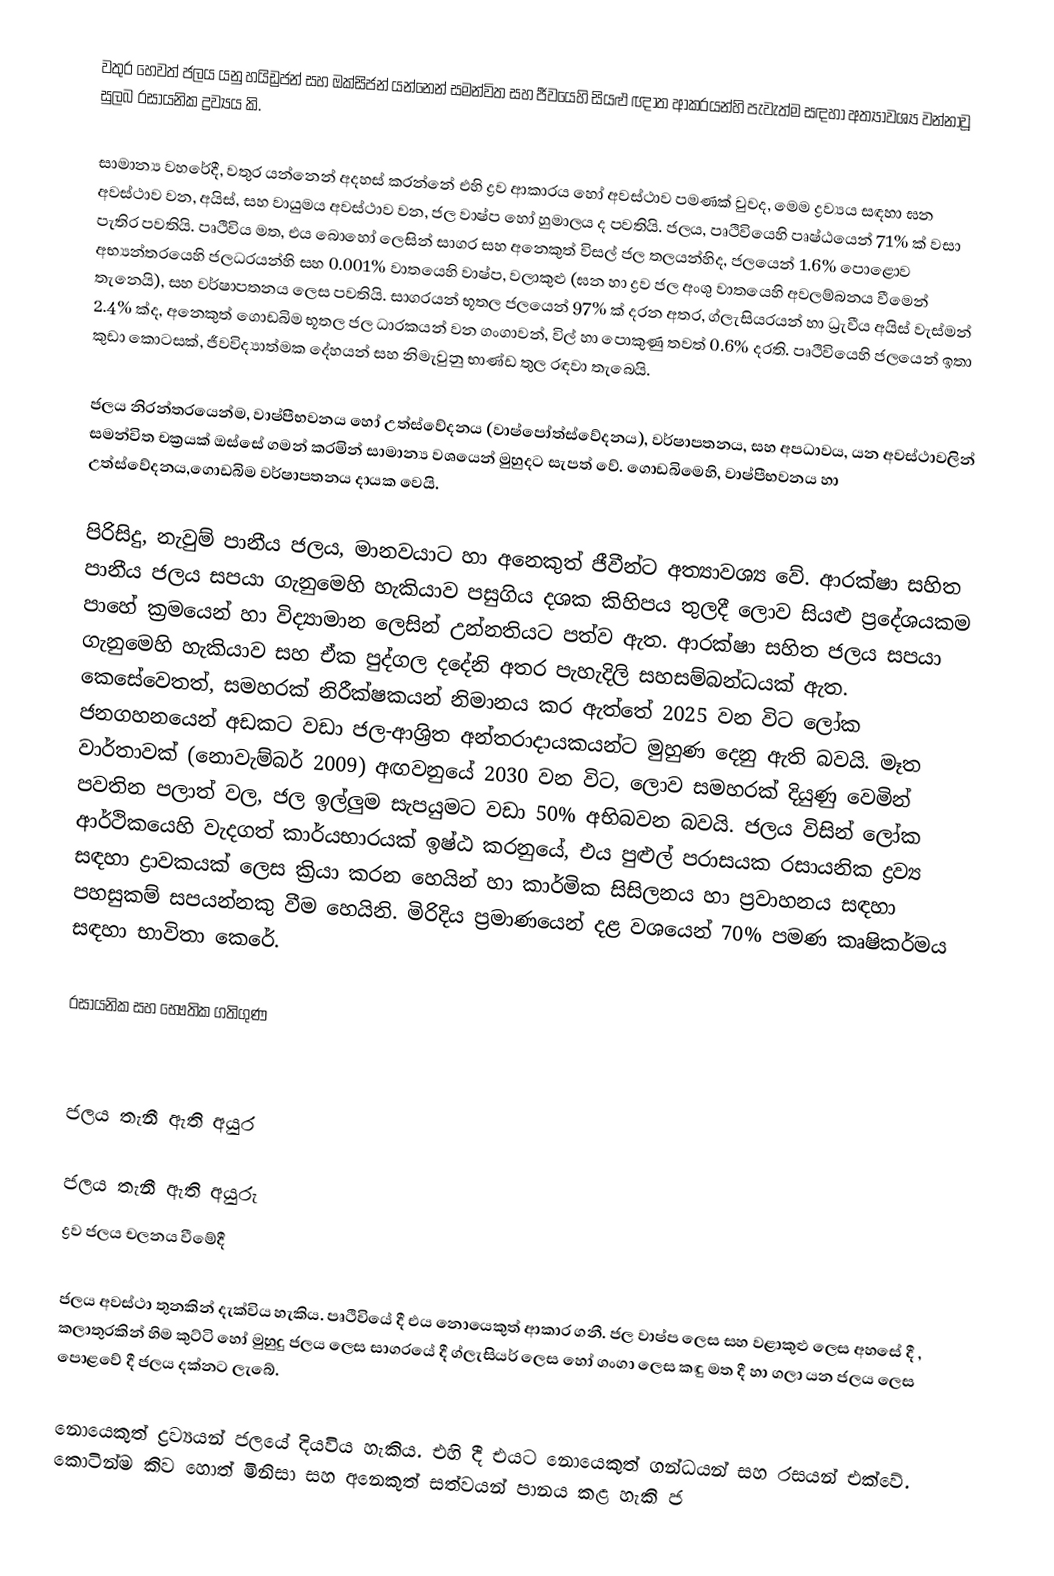
වතුර හෙවත් ජලය යනු හයිඩ්‍රජන් සහ ඔක්සිජන් යන්නෙන් සමන්විත සහ  ජීවයෙහි සියළු ඥාත ආකරයන්හි පැවැත්ම සඳහා අත්‍යාවශ්‍ය වන්නාවූ  සුලබ රසායනික ද්‍රව්‍යය කි.

සාමාන්‍ය වහරේදී, වතුර යන්නෙන් අදහස් කරන්නේ එහි   ද්‍රව ආකාරය හෝ අවස්ථාව පමණක් වුවද, මෙම ද්‍රව්‍යය  සඳහා ඝන අවස්ථාව වන, අයිස්, සහ වායුමය අවස්ථාව වන, ජල වාෂ්ප හෝ හුමාලය ද පවතියි.  ජලය, පෘථිවියෙහි පෘෂ්ඨයෙන්  71%  ක් වසා පැතිර පවතියි.   පෘථිවිය මත, එය බොහෝ ලෙසින් සාගර සහ අනෙකුත් විසල් ජල තලයන්හිද,  ජලයෙන් 1.6% පොළොව අභ්‍යන්තරයෙහි ජලධරයන්හි  සහ  0.001% වාතයෙහි වාෂ්ප, වලාකුළු (ඝන හා ද්‍රව ජල අංශු වාතයෙහි අවලම්බනය වීමෙන් තැනෙයි), සහ වර්ෂාපතනය ලෙස පවතියි.    සාගරයන් භූතල ජලයෙන්  97% ක් දරන අතර, ග්ලැසියරයන් හා ධ්‍රැවීය අයිස් වැස්මන් 2.4% ක්ද, අනෙකුත් ගොඩබිම භූතල ජල ධාරකයන් වන  ගංගාවන්, විල් හා පොකුණු තවත් 0.6% දරති. පෘථිවියෙහි ජලයෙන් ඉතා කුඩා කොටසක්, ජීවවිද්‍යාත්මක දේහයන් සහ  නිමැවුනු භාණ්ඩ තුල රඳවා තැබෙයි.

ජලය නිරන්තරයෙන්ම,  වාෂ්පීභවනය හෝ උත්ස්වේදනය (වාෂ්පෝත්ස්වේදනය), වර්ෂාපතනය, සහ අපධාවය, යන අවස්ථාවලින් සමන්විත  චක්‍රයක් ඔස්සේ ගමන් කරමින් සාමාන්‍ය වශයෙන්  මුහුදට සැපත් වේ.  ගොඩබිමෙහි, වාෂ්පීභවනය හා  උත්ස්වේදනය,ගොඩබිම වර්ෂාපතනය දායක වෙයි.

පිරිසිදු, නැවුම් පානීය ජලය, මානවයාට හා අනෙකුත් ජීවීන්ට අත්‍යාවශ්‍ය වේ.  ආරක්ෂා සහිත පානීය ජලය සපයා ගැනුමෙහි හැකියාව පසුගිය දශක කිහිපය තුලදී ලොව සියළු ප්‍රදේශයකම පාහේ ක්‍රමයෙන් හා විද්‍යාමාන ලෙසින් උන්නතියට පත්ව ඇත. ආරක්ෂා සහිත ජලය සපයා ගැනුමෙහි හැකියාව සහ ඒක පුද්ගල දදේනි අතර පැහැදිලි සහසම්බන්ධයක් ඇත. කෙසේවෙතත්, සමහරක් නිරීක්ෂක‍යන් නිමානය කර ඇත්තේ 2025 වන විට  ලෝක ජනගහනයෙන් අඩකට වඩා ජල-ආශ්‍රිත අන්තරාදායකයන්ට මුහුණ දෙනු ඇති බවයි. මෑත වාර්තාවක් (නොවැම්බර් 2009) අඟවනුයේ 2030 වන විට, ලොව සමහරක් දියුණු වෙමින් පවතින පලාත් වල, ජල ඉල්ලුම සැපයුමට වඩා 50% අභිබවන බවයි. ජලය විසින් ලෝක ආර්ථිකයෙහි වැදගත් කාර්යභාරයක් ඉෂ්ඨ කරනුයේ, එය පුළුල් පරාසයක රසායනික ද්‍රව්‍ය සඳහා ද්‍රාවකයක් ලෙස ක්‍රියා කරන හෙයින් හා කාර්මික සිසිලනය හා ප්‍රවාහනය සඳහා පහසුකම් සපයන්නකු වීම හෙයිනි. මිරිදිය ප්‍රමාණයෙන්  දළ වශයෙන් 70% පමණ  කෘෂිකර්මය සඳහා භාවිතා කෙරේ.

රසායනික සහ භෞතික ගතිගුණ

ජලය තැනී ඇති අයුර

ජලය තැනී ඇති අයුරු
ද්‍රව ජලය චලනය වීමේදී

ජලය අවස්ථා තුනකින් දැක්විය හැකිය. පෘථිවියේ දී එය නොයෙකුත් ආකාර ගනී. ජල වාෂ්ප ලෙස සහ වළාකුළු ලෙස අහසේ දී , කලාතුරකින් හිම කුට්ටි හෝ මුහුදු ජලය ලෙස සාගරයේ දී ග්ලැසියර් ලෙස හෝ ගංගා ලෙස කඳු මත දී හා ගලා යන ජලය ලෙස පොළවේ දී ජලය දක්නට ලැබේ.

නොයෙකුත් ද්‍රව්‍යයන් ජලයේ දියවිය හැකිය. එහි දී එයට නොයෙකුත් ගන්ධයන් සහ රසයන් එක්වේ. කොටින්ම කිව හොත් මිනිසා සහ අනෙකුත් සත්වයන් පානය කළ හැකි ජ